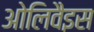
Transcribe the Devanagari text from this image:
ओलिवैइस